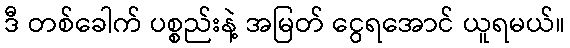
ဒီ တစ်ခေါက် ပစ္စည်းနဲ့ အမြတ် ငွေရအောင် ယူရမယ်။